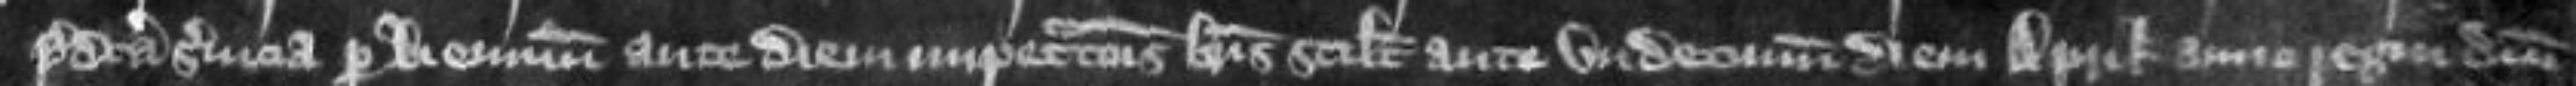
predicta servicia per biennium ante diem impetrationis brevis sci licet ante undecimum diem Aprilis anno regni domini